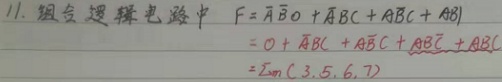
11. 组合逻辑电路中
\begin{align*}
F&=\overline{A}\overline{B}0+\overline{A}BC + A\overline{B}C+AB1\\
&=0+\overline{A}BC + A\overline{B}C+AB\overline{C}+ABC\\
&=\sum_{m}(3,5,6,7)
\end{align*}